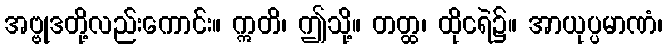
အဗ္ဗုဒတို့လည်းကောင်း။ ဣတိ၊ ဤသို့။ တတ္ထ၊ ထိုငရဲ၌။ အာယုပ္ပမာဏံ၊